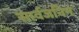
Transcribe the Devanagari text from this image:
सार्वजनिन